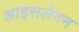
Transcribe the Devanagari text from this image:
आइसलेवन